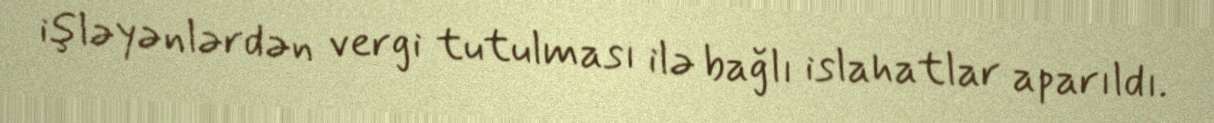
işləyənlərdən vergi tutulması ilə bağlı islahatlar aparıldı.